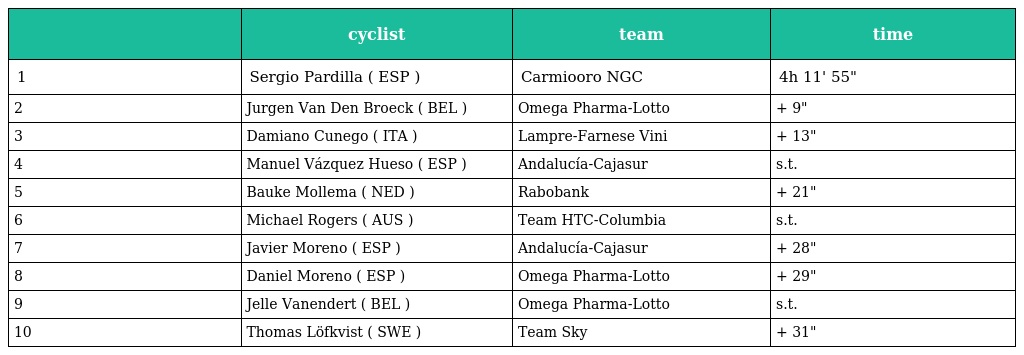
|  | cyclist | team | time |
 | --- | --- | --- | --- |
 | 1 | Sergio Pardilla ( ESP ) | Carmiooro NGC | 4h 11' 55" |
 | 2 | Jurgen Van Den Broeck ( BEL ) | Omega Pharma-Lotto | + 9" |
 | 3 | Damiano Cunego ( ITA ) | Lampre-Farnese Vini | + 13" |
 | 4 | Manuel Vázquez Hueso ( ESP ) | Andalucía-Cajasur | s.t. |
 | 5 | Bauke Mollema ( NED ) | Rabobank | + 21" |
 | 6 | Michael Rogers ( AUS ) | Team HTC-Columbia | s.t. |
 | 7 | Javier Moreno ( ESP ) | Andalucía-Cajasur | + 28" |
 | 8 | Daniel Moreno ( ESP ) | Omega Pharma-Lotto | + 29" |
 | 9 | Jelle Vanendert ( BEL ) | Omega Pharma-Lotto | s.t. |
 | 10 | Thomas Löfkvist ( SWE ) | Team Sky | + 31" |